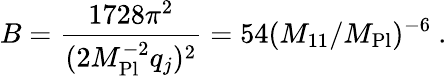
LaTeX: B=\frac{1728\pi^{2}}{(2M_{\mathrm{Pl}}^{-2}q_{j})^{2}}=54(M_{11}/M_{\mathrm{Pl}})^{-6}\ .